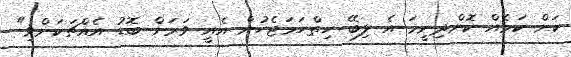
ކަށް ކަމެއް ކޮށްދިނީމަ އެ ލިބޭ ހިތްހަމަޖެހުން އެއީ ވަރަށް ބޮޑު އެއްޗަކަށްވި"